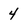
Character: 4